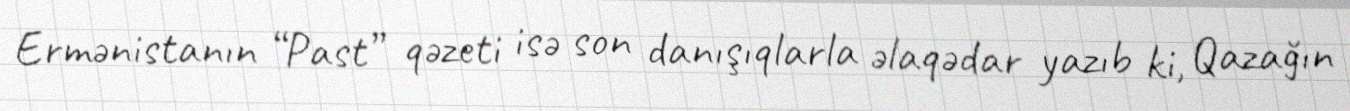
Ermənistanın “Past” qəzeti isə son danışıqlarla əlaqədar yazıb ki, Qazağın